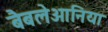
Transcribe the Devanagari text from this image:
बैबलेओनिया